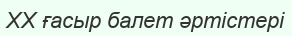
XX ғасыр балет әртістері